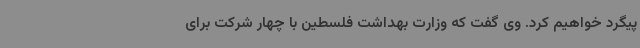
پیگرد خواهیم کرد. وی گفت که وزارت بهداشت فلسطین با چهار شرکت برای